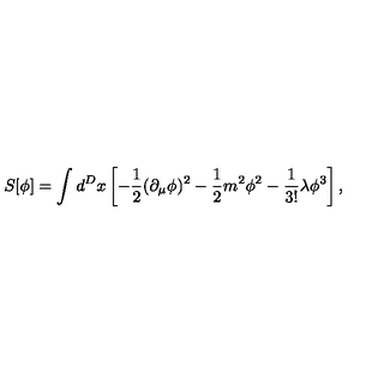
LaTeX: S [ \phi ] = \int d ^ { D } x \left[ - { \frac { 1 } { 2 } } ( \partial _ { \mu } \phi ) ^ { 2 } - { \frac { 1 } { 2 } } m ^ { 2 } \phi ^ { 2 } - { \frac { 1 } { 3 ! } } \lambda \phi ^ { 3 } \right] ,